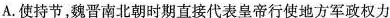
A.使持节，魏晋南北朝时期直接代表皇帝行使地方军政权力的官职。权力